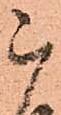
被